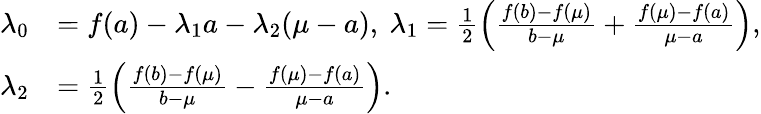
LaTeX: \begin{array}{rl}{\lambda_{0}}&{=f(a)-\lambda_{1}a-\lambda_{2}(\mu-a),\ \lambda_{1}=\frac 12\left(\frac{f(b)-f(\mu)}{b-\mu}+\frac{f(\mu)-f(a)}{\mu-a}\right),}\\ {\lambda_{2}}&{=\frac 12\left(\frac{f(b)-f(\mu)}{b-\mu}-\frac{f(\mu)-f(a)}{\mu-a}\right).}\end{array}